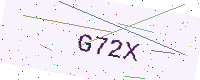
Text: G72X